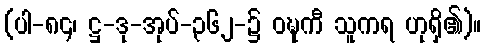
(ပါ-၈၄၊ ဋ္ဌ-ဒု-အုပ်-၃၆၂-၌ ဝဍ္ဎကီ သူကရ ဟုရှိ၏)။